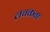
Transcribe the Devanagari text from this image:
लचकता